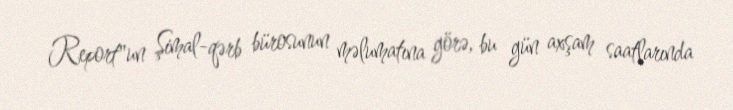
Report"un Şimal-qərb bürosunun məlumatına görə, bu gün axşam saatlarında